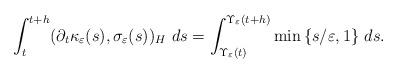
LaTeX: \begin{align*} \int_{t}^{t+h} (\partial_t\kappa_{\varepsilon}(s), \sigma_{\varepsilon}(s))_H \ ds = \int_{\Upsilon_{\varepsilon}(t)}^{\Upsilon_{\varepsilon}(t+h)} \min{ \{ s/\varepsilon, 1 \}} \ ds.\end{align*}